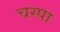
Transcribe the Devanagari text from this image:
चस्‍पा